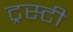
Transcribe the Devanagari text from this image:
ट्रस्‍टी